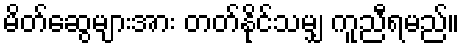
မိတ်ဆွေများအား တတ်နိုင်သမျှ ကူညီရမည်။